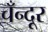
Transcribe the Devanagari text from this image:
चँन्दूर